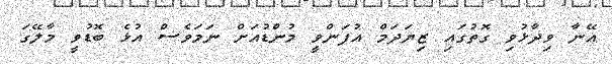
އޭނާ ވިދާޅުވި ގޮތުގައި ޒިޔަދަމް އުފަންވީ މުންޑުއަށް ނަމަވެސް އުޅެ ބޮޑުވީ މާލޭގަ